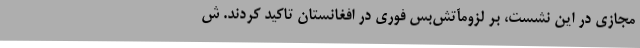
مجازی در این نشست، بر لزومآتش‌بس فوری در افغانستان تاکید کردند. ش